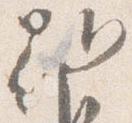
朝